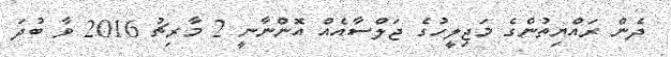
ދެން ރައްޔިތުންގެ މަޖިލީހުގެ ޖަލްސާއެއް އޮންނާނީ 2 މާރިޗު 2016 ވާ ބުދަ